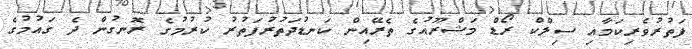
ފަތުރުވެރިކަމާއި ސިލްކް ރޯޑް މަޝްރޫއުގެ ތެރޭއިން ކަނޑުދަތުރުފަތުރު ކުރުމުގެ ރޮނގުން ދެ ގައުމުގެ